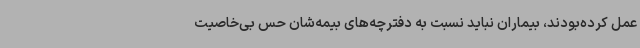
عمل کرده‌بودند،‌ بیماران نباید نسبت به دفترچه‌های بیمه‌شان حس بی‌خاصیت